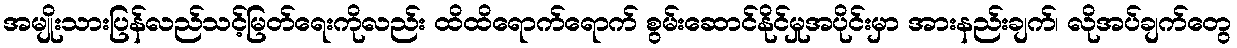
အမျိုးသားပြန်လည်သင့်မြတ်ရေးကိုလည်း ထိထိရောက်ရောက် စွမ်းဆောင်နိုင်မှုအပိုင်းမှာ အားနည်းချက်၊ လိုအပ်ချက်တွေ